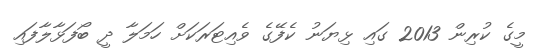
މީގެ ކުރިން 2013 ގައި ޅިޔަނު ކެފޭގެ ވެއިޓަރަކަށް ހަމަލާ ދީ ބޯފަޅާލާފައި